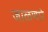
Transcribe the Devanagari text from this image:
जाळणारे